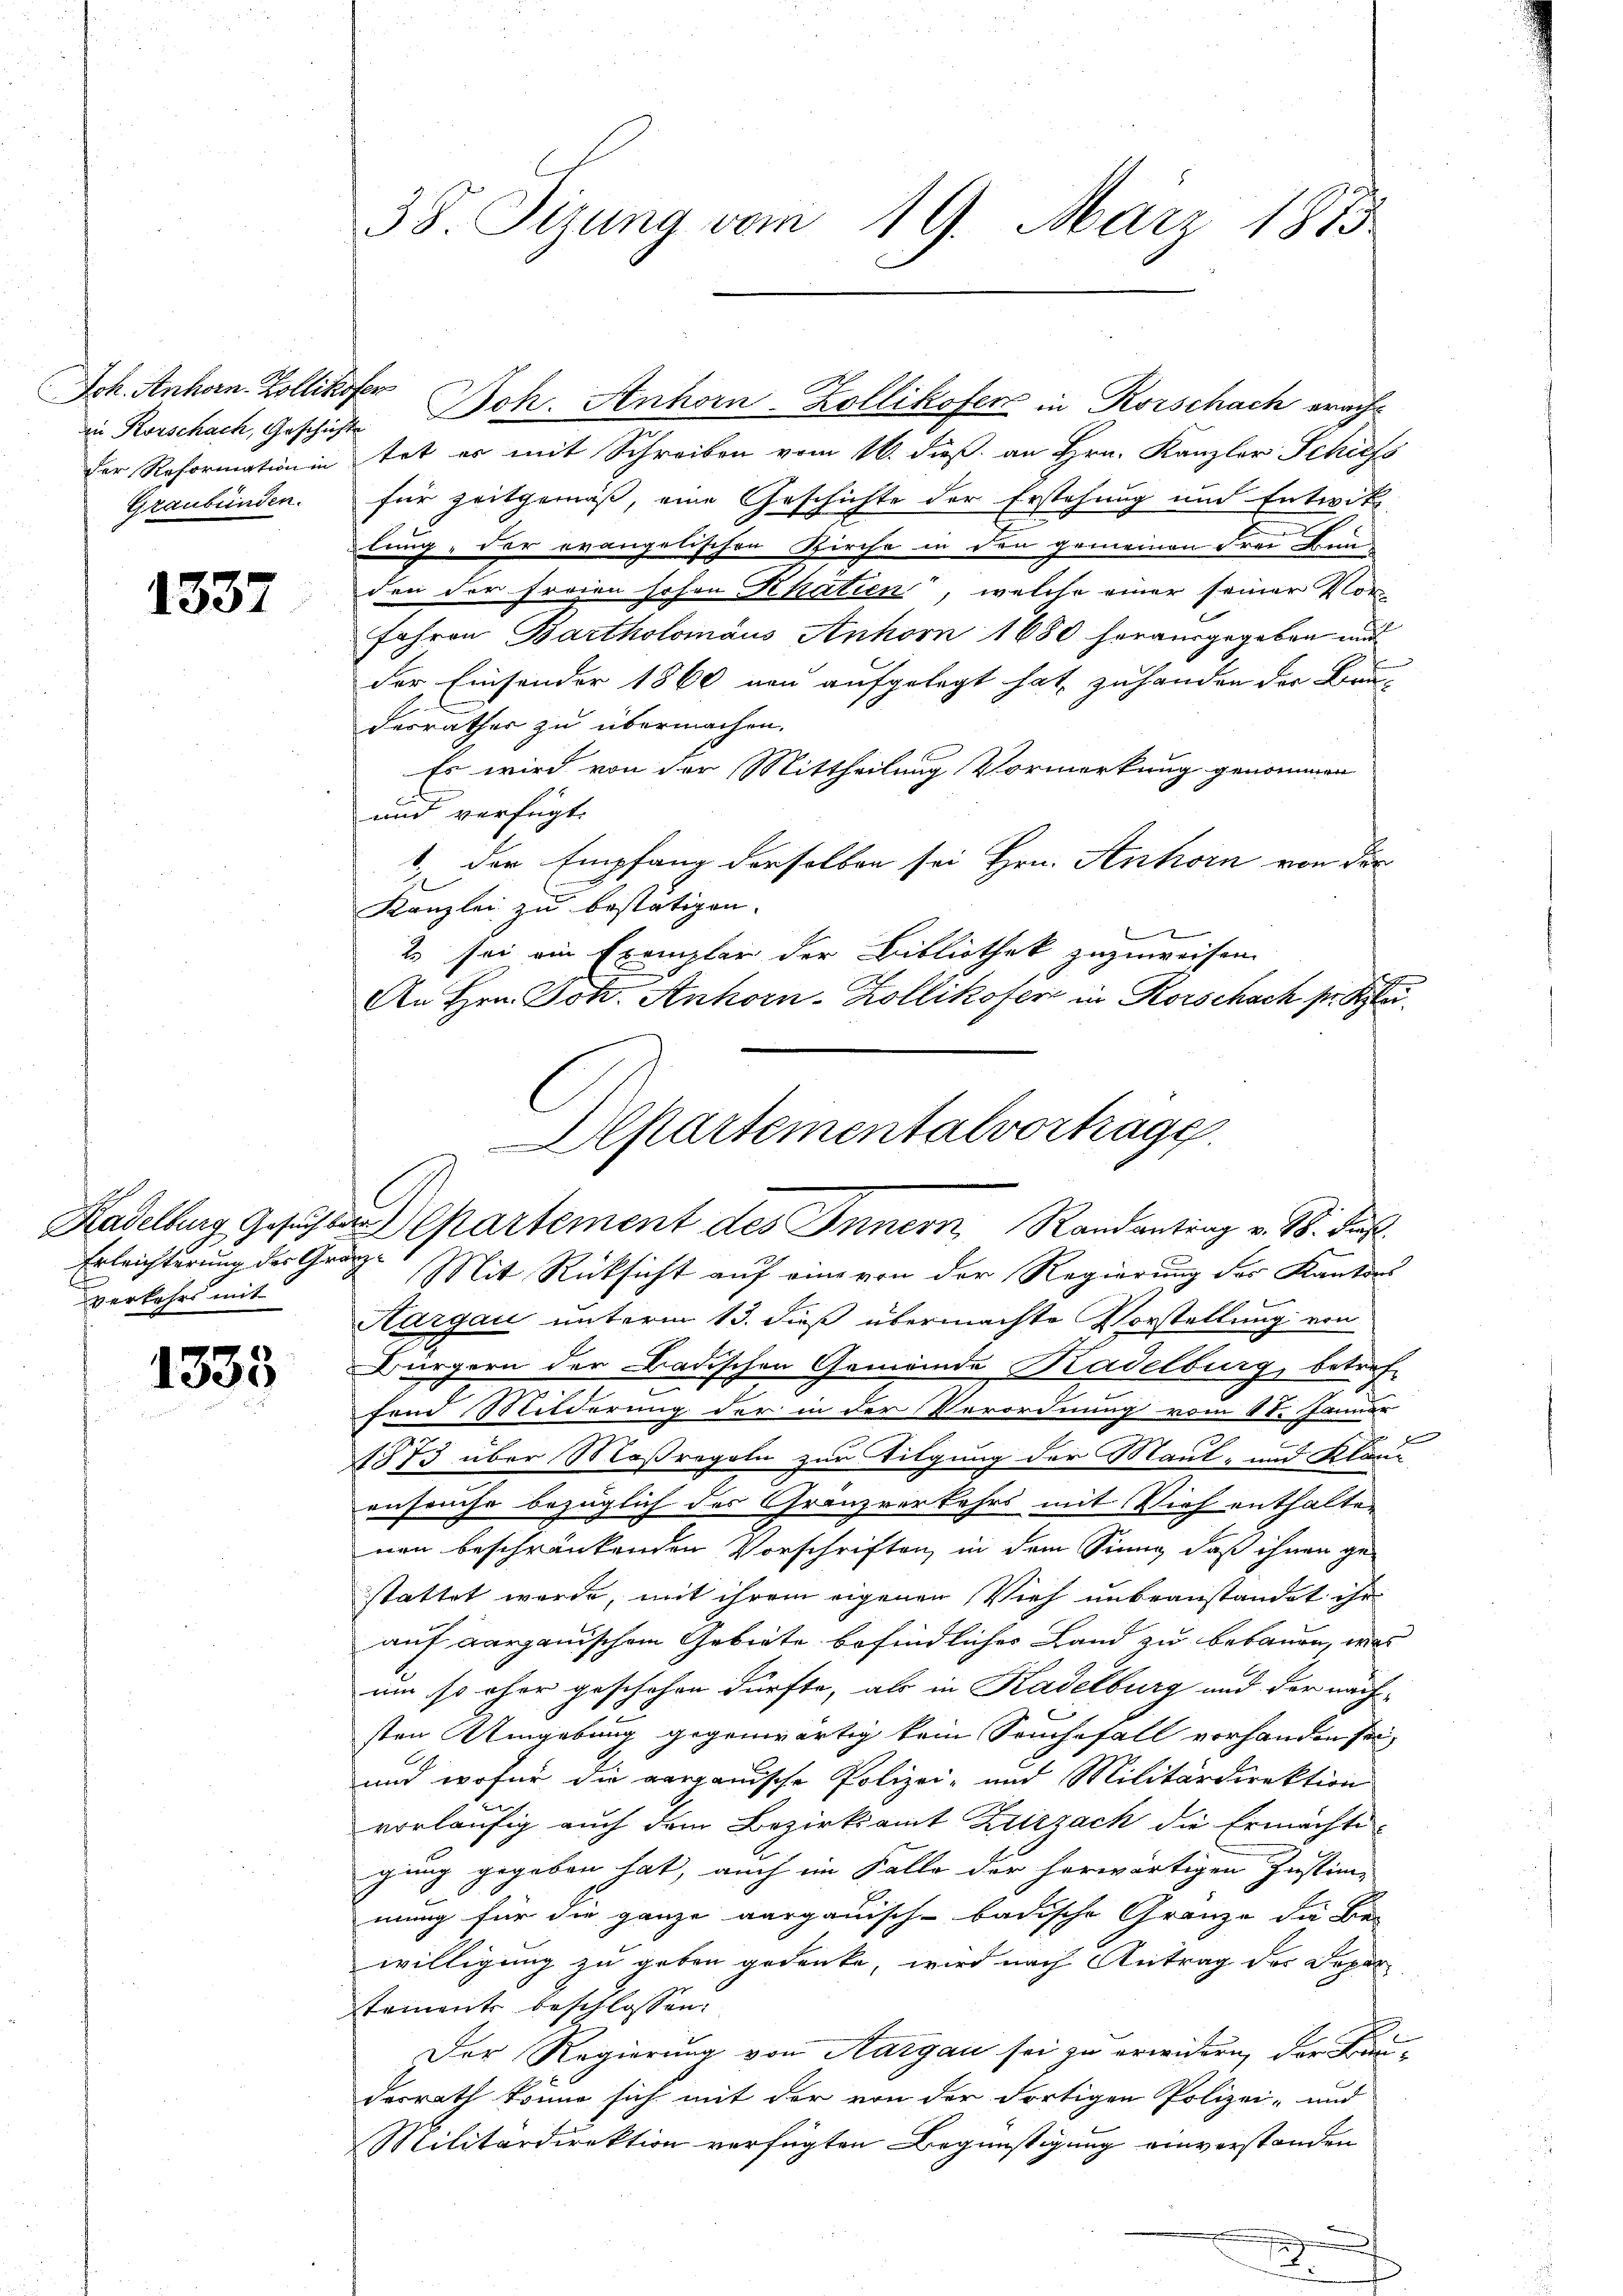
Jch. Anhorn. Zollikofer
Graubünden.

1337

Erleichterung der Graz
verkehrs mit

1333

38 Sizung vom 19. März 1875.

Der Reformation in tat er mit Schreiben vom 16. dieß an Hrn. Kanzler Schiefs
für Zeitgemäß, eine Geschichte der Erstehung und Entwickl
n
lung, der evangelischen Kirche in den gemeinen Frei Bunden der Fragen hohen Khatien, welche einer seiner Vorfahren Bartholomäus Anhorn 1680 herausgegeben und
der Einsender 1860 non aufgelegt hat, zu handen der Bau-
Ferrathes zu übermachen.
Es wird von der Mittheilung Vormerkung genommen
und verfügt:
1. Der Empfang derselben sei Hrn. Anhorn von der
Kanzlei zu bestätigen.
E
2 sei ein Exemplar der Bibliothek zuzuweisen.
An Hrn. Gott. Anhorn-Zollikofer in Korschach s. Blei
Mit Rücksicht auf eine von der Regierung der Kantons
Hargau unterm 13. dieß übermachte Vorstellung von
Bürgern der Badischen Gemeinde Kadelburg, betrefe
fond Milderung der in der Verordnung vom 11. Januar
d
1873 über Maßregeln zur Tilgung der Maut- und Klauenseuche bezüglich des Granzverkehrs mit Vieh enthalten
nen beschränkenden Vorschriften, in dem Sinng, daß ihnen ge-
stattet werde, mit ihrem eigenen Vieh unbeanstandet ihr
auf aargauischem Gebiete befindliches Land zu bebauen, was
um so eher geschehen dürfte, als in Kadelburg und der näch-
sten Umgebung gegenwärtig kein Seuchefall vorhanden sei,
und wofür die aarganische Polizei- und Militärdirektion
vorläufig auch dem Bezirksamt Zurzach die Ermächte
gung gegeben hat, auch im Falle der herwärtigen Instim-
mung für die ganze aargauisch-badische Gränze die Be-
willigung zu geben gedenke, wird nach Antrag der Depar
stament beschlossen.
Der Regierung von Aargau sei zu erwidern, der Frauderrath könne sich mit der von der dortigen Polizei- und
Militärdirektion verfügten Begünstigung einverstanden
.

in Rorschach, Geschicht Joh. Anhorn-Kollikofer in Korschach erach¬

Aepartementalvortrage.
Kadelburg, Gesuchen partement des Innern, Randantrag v. 18. Jus